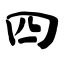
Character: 四